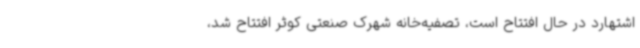
اشتهارد در حال افتتاح است، تصفیه‌خانه شهرک صنعتی کوثر افتتاح شد،